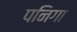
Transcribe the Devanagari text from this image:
पनिगा